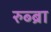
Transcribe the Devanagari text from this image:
रुब्ब्रा